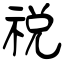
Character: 祱